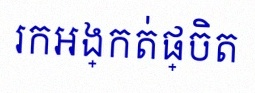
រកអង្កត់ផ្ចិត